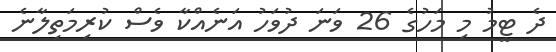
ދެ ޓީމު މި މަހުގެ 26 ވަނަ ދުވަހު އަނެއްކާ ވެސް ކުރިމަތިލާނެ